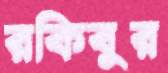
রকিবুর